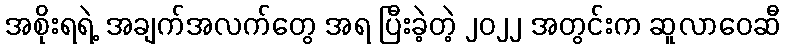
အစိုးရရဲ့ အချက်အလက်တွေ အရ ပြီးခဲ့တဲ့ ၂၀၂၂ အတွင်းက ဆူလာဝေဆီ